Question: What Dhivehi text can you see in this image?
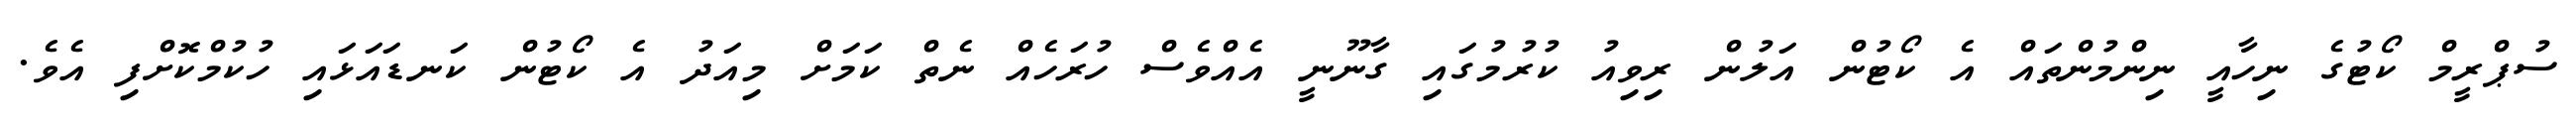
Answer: ސުޕްރީމް ކޯޓުގެ ނިހާއީ ނިންމުންތައް އެ ކޯޓުން އަލުން ރިވިއު ކުރުމުގައި ގާނޫނީ އެއްވެސް ހުރަހެއް ނެތް ކަމަށް މިއަދު އެ ކޯޓުން ކަނޑައަޅައި ހުކުމްކޮށްފި އެވެ.